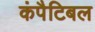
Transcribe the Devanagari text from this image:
कंपैटिबल